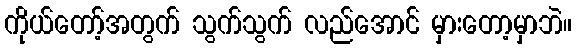
ကိုယ်တော့်အတွက် သွက်သွက် လည်အောင် မှားတော့မှာဘဲ။